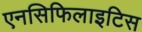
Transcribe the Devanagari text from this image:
एनसिफिलाइटिस